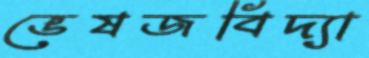
ভেষজবিদ্যা